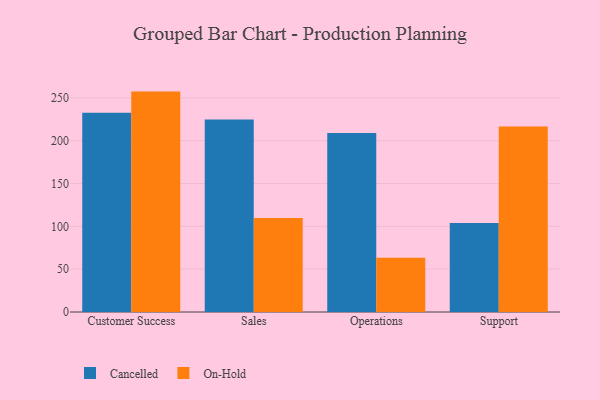
{"axis": {"x": "Department", "y": "Energy Usage (MWh)"}, "legend": ["Cancelled", "On-Hold"], "data": [{"x": "Customer Success", "y": 232.7, "type": "Cancelled"}, {"x": "Customer Success", "y": 257.3, "type": "On-Hold"}, {"x": "Sales", "y": 224.6, "type": "Cancelled"}, {"x": "Sales", "y": 109.8, "type": "On-Hold"}, {"x": "Operations", "y": 209.1, "type": "Cancelled"}, {"x": "Operations", "y": 63.3, "type": "On-Hold"}, {"x": "Support", "y": 103.8, "type": "Cancelled"}, {"x": "Support", "y": 216.7, "type": "On-Hold"}]}